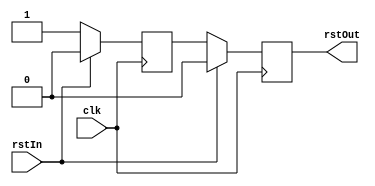
// SPDX-License-Identifier: BSD-3-Clause
/*
 * Asynchronous Reset with metastability compensation
 *
 * Copyright (C) 2023 Lus Mendes <luis.p.mendes@gmail.com>
 */
module AsyncMetaReset (input clk, input rstIn, output rstOut);

reg a = 1'b1, b = 1'b0;

always @(posedge clk)
begin
   if (rstIn)
   begin
      a <= 1'b0;
      b <= 1'b0;
   end
   else   
   begin
      b <= a;
      a <= 1'b1;
   end   
end

assign rstOut = b;

endmodule